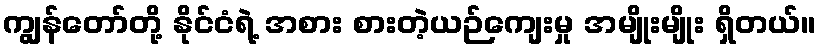
ကျွန်တော်တို့ နိုင်ငံရဲ့ အစား စားတဲ့ယဉ်ကျေးမှု အမျိုးမျိုး ရှိတယ်။